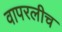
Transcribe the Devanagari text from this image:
वापरलीच